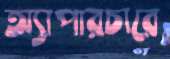
অ্যাপারচারে